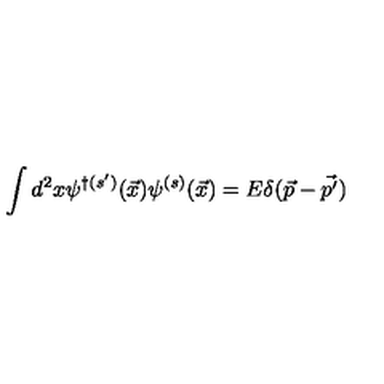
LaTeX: \int d ^ { 2 } x \psi ^ { \dagger ( s ^ { \prime } ) } { ( \vec { x } ) } \psi ^ { ( s ) } { ( \vec { x } ) } = E \delta ( \vec { p } - \vec { p ^ { \prime } } )